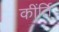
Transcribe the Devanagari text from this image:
कींर्ति